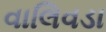
વાલિવડા